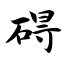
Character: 碍